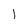
Character: l